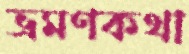
ভ্রমণকথা